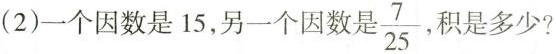
(2)一个因数是15，另一个因数是 \frac{7}{25} ，积是多少?